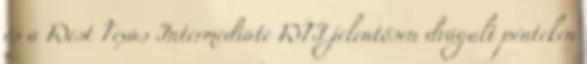
és a West Texas Intermediate WTI jelentősen drágult pénteken